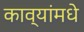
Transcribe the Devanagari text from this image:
काव्यांमधे